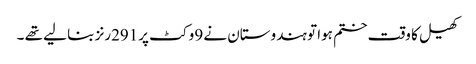
کھیل کا وقت ختم ہوا تو ہندوستان نے 9وکٹ پر291رنز بنا لیے تھے ۔